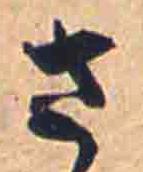
さ